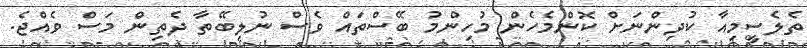
ތެލެސީމިއާ ކުދިންނަށް ކޮންމެހެން މުހިންމު ބޭސްތައް ވެސް ނުލިބޭތާ ދެތިން މަސް ވެއްޖެ.